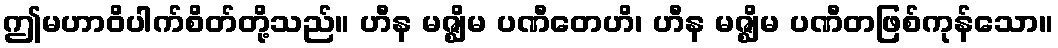
ဤမဟာဝိပါက်စိတ်တို့သည်။ ဟီန မဇ္ဈိမ ပဏီတေဟိ၊ ဟီန မဇ္ဈိမ ပဏီတဖြစ်ကုန်သော။